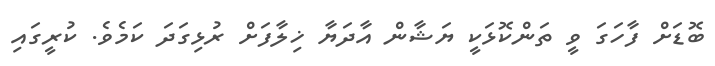
ބޮޑަށް ފާހަގަ ވީ ތަންކޮޅަކީ ޔަޝާން އާދަޔާ ޚިލާފަށް ރުޅިގަދަ ކަމެވެ. ކުރީގައި